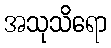
အသုသိရော